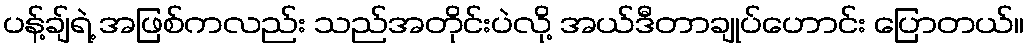
ပန့်ချ်ရဲ့ အဖြစ်ကလည်း သည်အတိုင်းပဲလို့ အယ်ဒီတာချုပ်ဟောင်း ပြောတယ်။